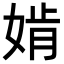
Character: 𡞚